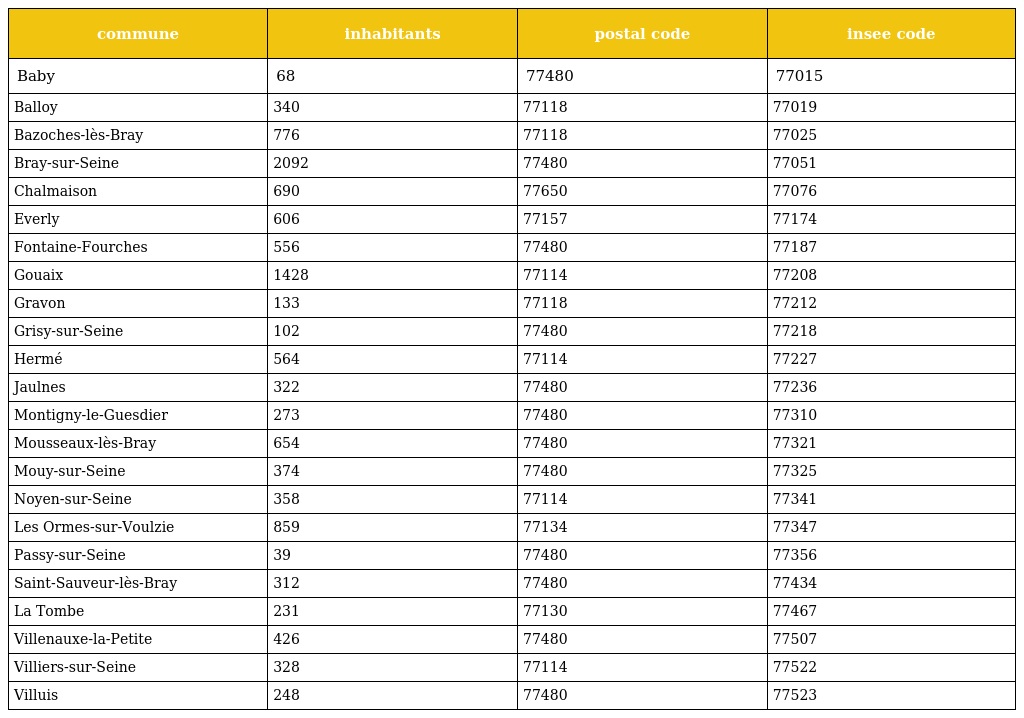
| commune | inhabitants | postal code | insee code |
 | --- | --- | --- | --- |
 | Baby | 68 | 77480 | 77015 |
 | Balloy | 340 | 77118 | 77019 |
 | Bazoches-lès-Bray | 776 | 77118 | 77025 |
 | Bray-sur-Seine | 2092 | 77480 | 77051 |
 | Chalmaison | 690 | 77650 | 77076 |
 | Everly | 606 | 77157 | 77174 |
 | Fontaine-Fourches | 556 | 77480 | 77187 |
 | Gouaix | 1428 | 77114 | 77208 |
 | Gravon | 133 | 77118 | 77212 |
 | Grisy-sur-Seine | 102 | 77480 | 77218 |
 | Hermé | 564 | 77114 | 77227 |
 | Jaulnes | 322 | 77480 | 77236 |
 | Montigny-le-Guesdier | 273 | 77480 | 77310 |
 | Mousseaux-lès-Bray | 654 | 77480 | 77321 |
 | Mouy-sur-Seine | 374 | 77480 | 77325 |
 | Noyen-sur-Seine | 358 | 77114 | 77341 |
 | Les Ormes-sur-Voulzie | 859 | 77134 | 77347 |
 | Passy-sur-Seine | 39 | 77480 | 77356 |
 | Saint-Sauveur-lès-Bray | 312 | 77480 | 77434 |
 | La Tombe | 231 | 77130 | 77467 |
 | Villenauxe-la-Petite | 426 | 77480 | 77507 |
 | Villiers-sur-Seine | 328 | 77114 | 77522 |
 | Villuis | 248 | 77480 | 77523 |